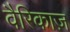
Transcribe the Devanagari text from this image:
वैरिकाज़